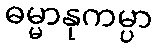
ဓမ္မာနုကမ္ပာ